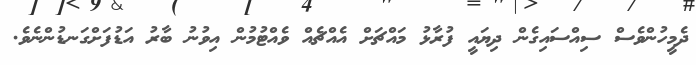
ދެމީހުންވެސް ސިއްސައިގެން ދިޔައީ ފުރާޅު މައްޗަށް އެއްޗެއް ވެއްޓުމުން އިވުނު ބާރު އަޑުފަށްގަނޑުންނެވެ.